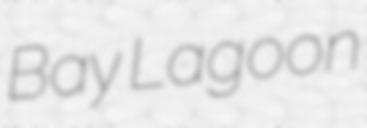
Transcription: Bay Lagoon